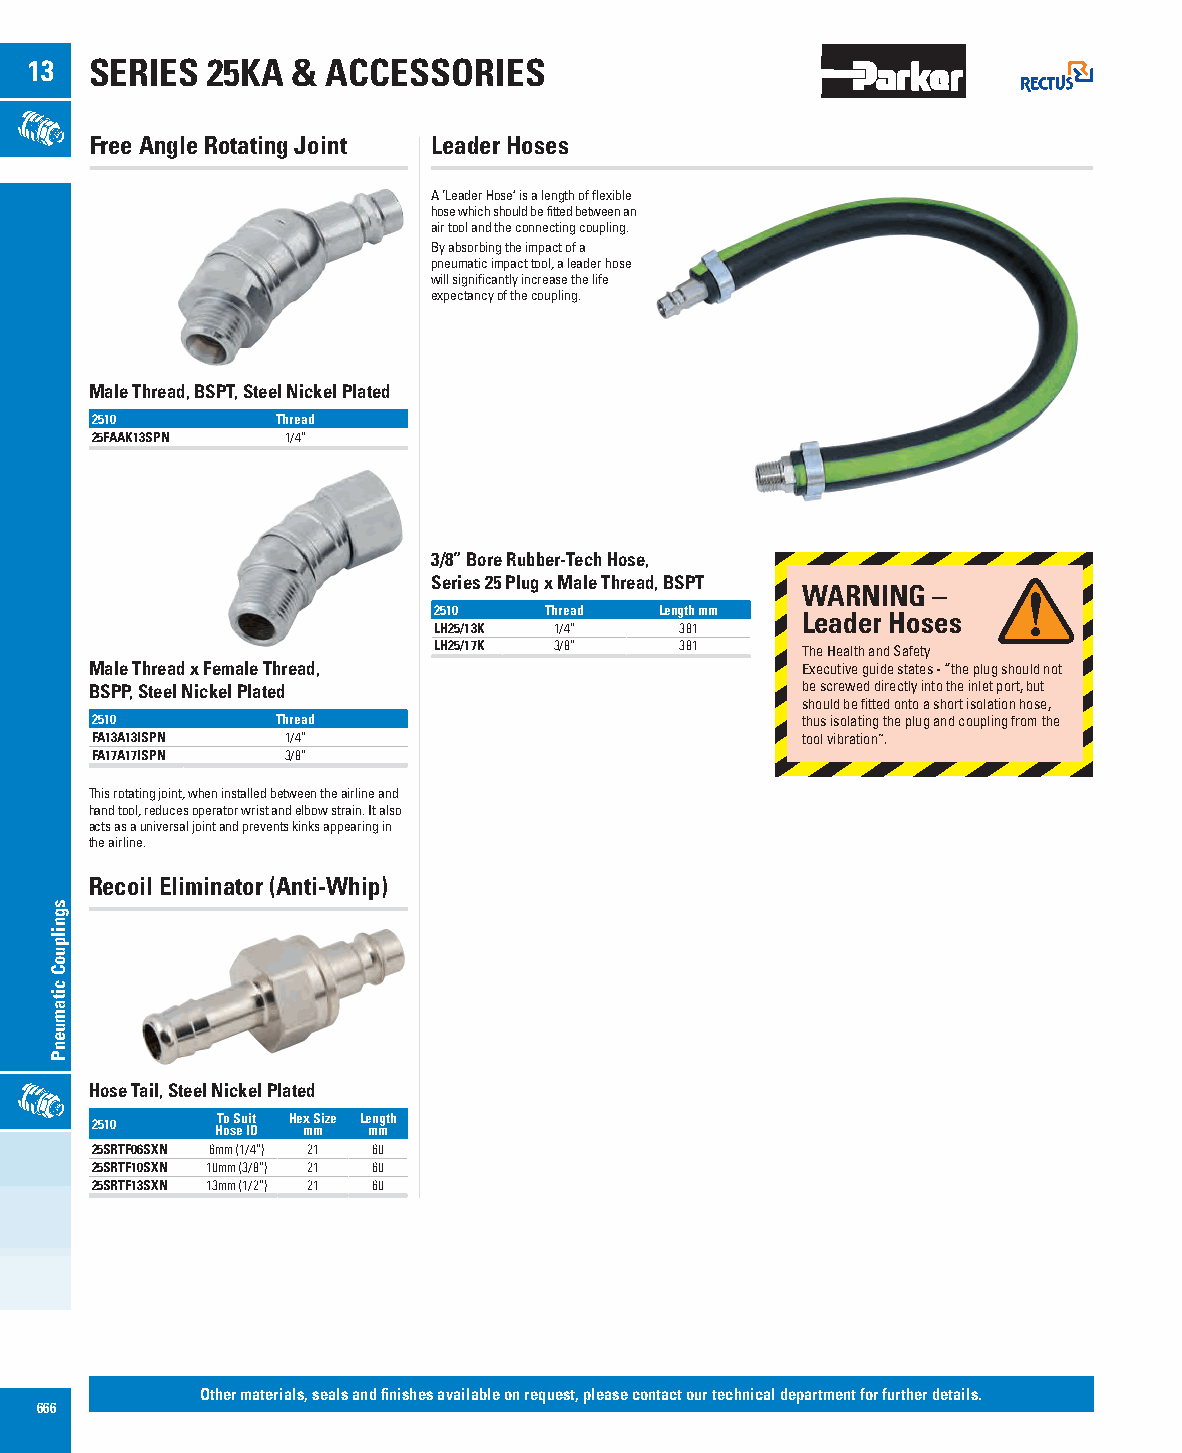
13  SERIES  25KA &  ACCESSORIES
 Free Angle Rotating Joint Leader Hoses
 A ‘Leader Hose’ is a length of flexible
 hose which should be fitted between an
 air tool and the connecting coupling.
 By absorbing the impact of a
 pneumatic impact tool, a leader hose
 will significantly increase the life
 expectancy of the coupling.
 Male Thread, BSPT, Steel Nickel Plated
 2510        Thread
 25FAAK13SPN  1/4”
 3/8” Bore Rubber-Tech Hose,
 Series 25 Plug x Male Thread, BSPT
 WARNING  –
 2510   Thread  Length mm
 Leader Hoses
 LH25/13K 1/4”   381
 LH25/17K 3/8”   381     The Health and Safety
 Male Thread x Female Thread,                   Executive guide states - “the plug should not
 BSPP, Steel Nickel Plated                      be screwed directly into the inlet port, but
 should be fitted onto a short isolation hose,
 2510        Thread                             thus isolating the plug and coupling from the
 FA13A13ISPN  1/4”                              tool vibration”.
 FA17A17ISPN  3/8”
 This rotating joint, when installed between the airline and
 hand tool, reduces operator wrist and elbow strain. It also
 acts as a universal joint and prevents kinks appearing in
 the airline.
 Recoil Eliminator (Anti-Whip)
 Hose Tail, Steel Nickel Plated
 To Suit Hex Size Length
 2510    Hose ID mm mm
 25SRTF06SXN 6mm (1/4”) 21 60
 25SRTF10SXN 10mm (3/8”) 21 60
 25SRTF13SXN 13mm (1/2”) 21 60
 Other materials, seals and finishes available on request, please contact our technical department for further details.
 666
 sgnilpuoC
 citamuenP